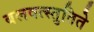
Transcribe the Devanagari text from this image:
बलवत्स्तुतिते